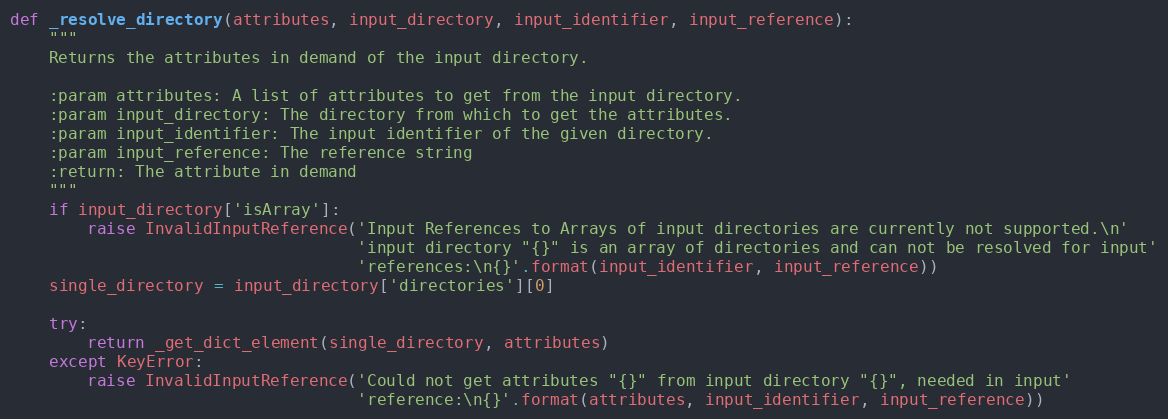
Language: Python
def _resolve_directory(attributes, input_directory, input_identifier, input_reference):
    """
    Returns the attributes in demand of the input directory.

    :param attributes: A list of attributes to get from the input directory.
    :param input_directory: The directory from which to get the attributes.
    :param input_identifier: The input identifier of the given directory.
    :param input_reference: The reference string
    :return: The attribute in demand
    """
    if input_directory['isArray']:
        raise InvalidInputReference('Input References to Arrays of input directories are currently not supported.\n'
                                    'input directory "{}" is an array of directories and can not be resolved for input'
                                    'references:\n{}'.format(input_identifier, input_reference))
    single_directory = input_directory['directories'][0]

    try:
        return _get_dict_element(single_directory, attributes)
    except KeyError:
        raise InvalidInputReference('Could not get attributes "{}" from input directory "{}", needed in input'
                                    'reference:\n{}'.format(attributes, input_identifier, input_reference))